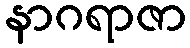
နာဂရာဇာ